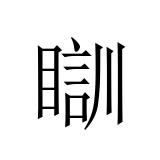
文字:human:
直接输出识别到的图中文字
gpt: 瞓